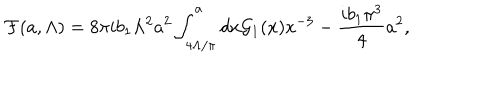
{ \cal F } ( a , \Lambda ) = { 8 \pi i b _ { 1 } } \Lambda ^ { 2 } a ^ { 2 } \int _ { 4 \Lambda / \pi } ^ { a } d x { \cal G } _ { 1 } ( x ) x ^ { - 3 } - { \frac { i b _ { 1 } \pi ^ { 3 } } { 4 } } a ^ { 2 } ,